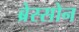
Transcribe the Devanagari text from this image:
ब्रेस्सोन